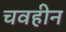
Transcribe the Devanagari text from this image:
चवहीन